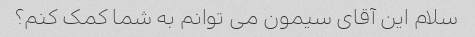
سلام این آقای سیمون می توانم به شما کمک کنم؟